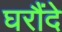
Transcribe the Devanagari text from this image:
घरौंदे